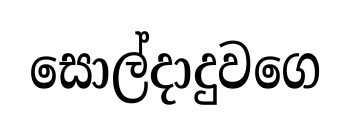
සොල්දාදුවගෙ